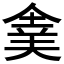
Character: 𠌉